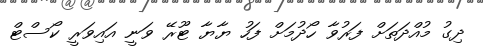
ދިގު މުއްދަތަށް ފަރުވާ ހޯދުމަށް ފަހު ޔާޔާ ޓޫރޭ ވަނީ އައިވަރީ ކޯސްޓް